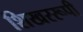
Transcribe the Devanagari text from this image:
शिखररूपी